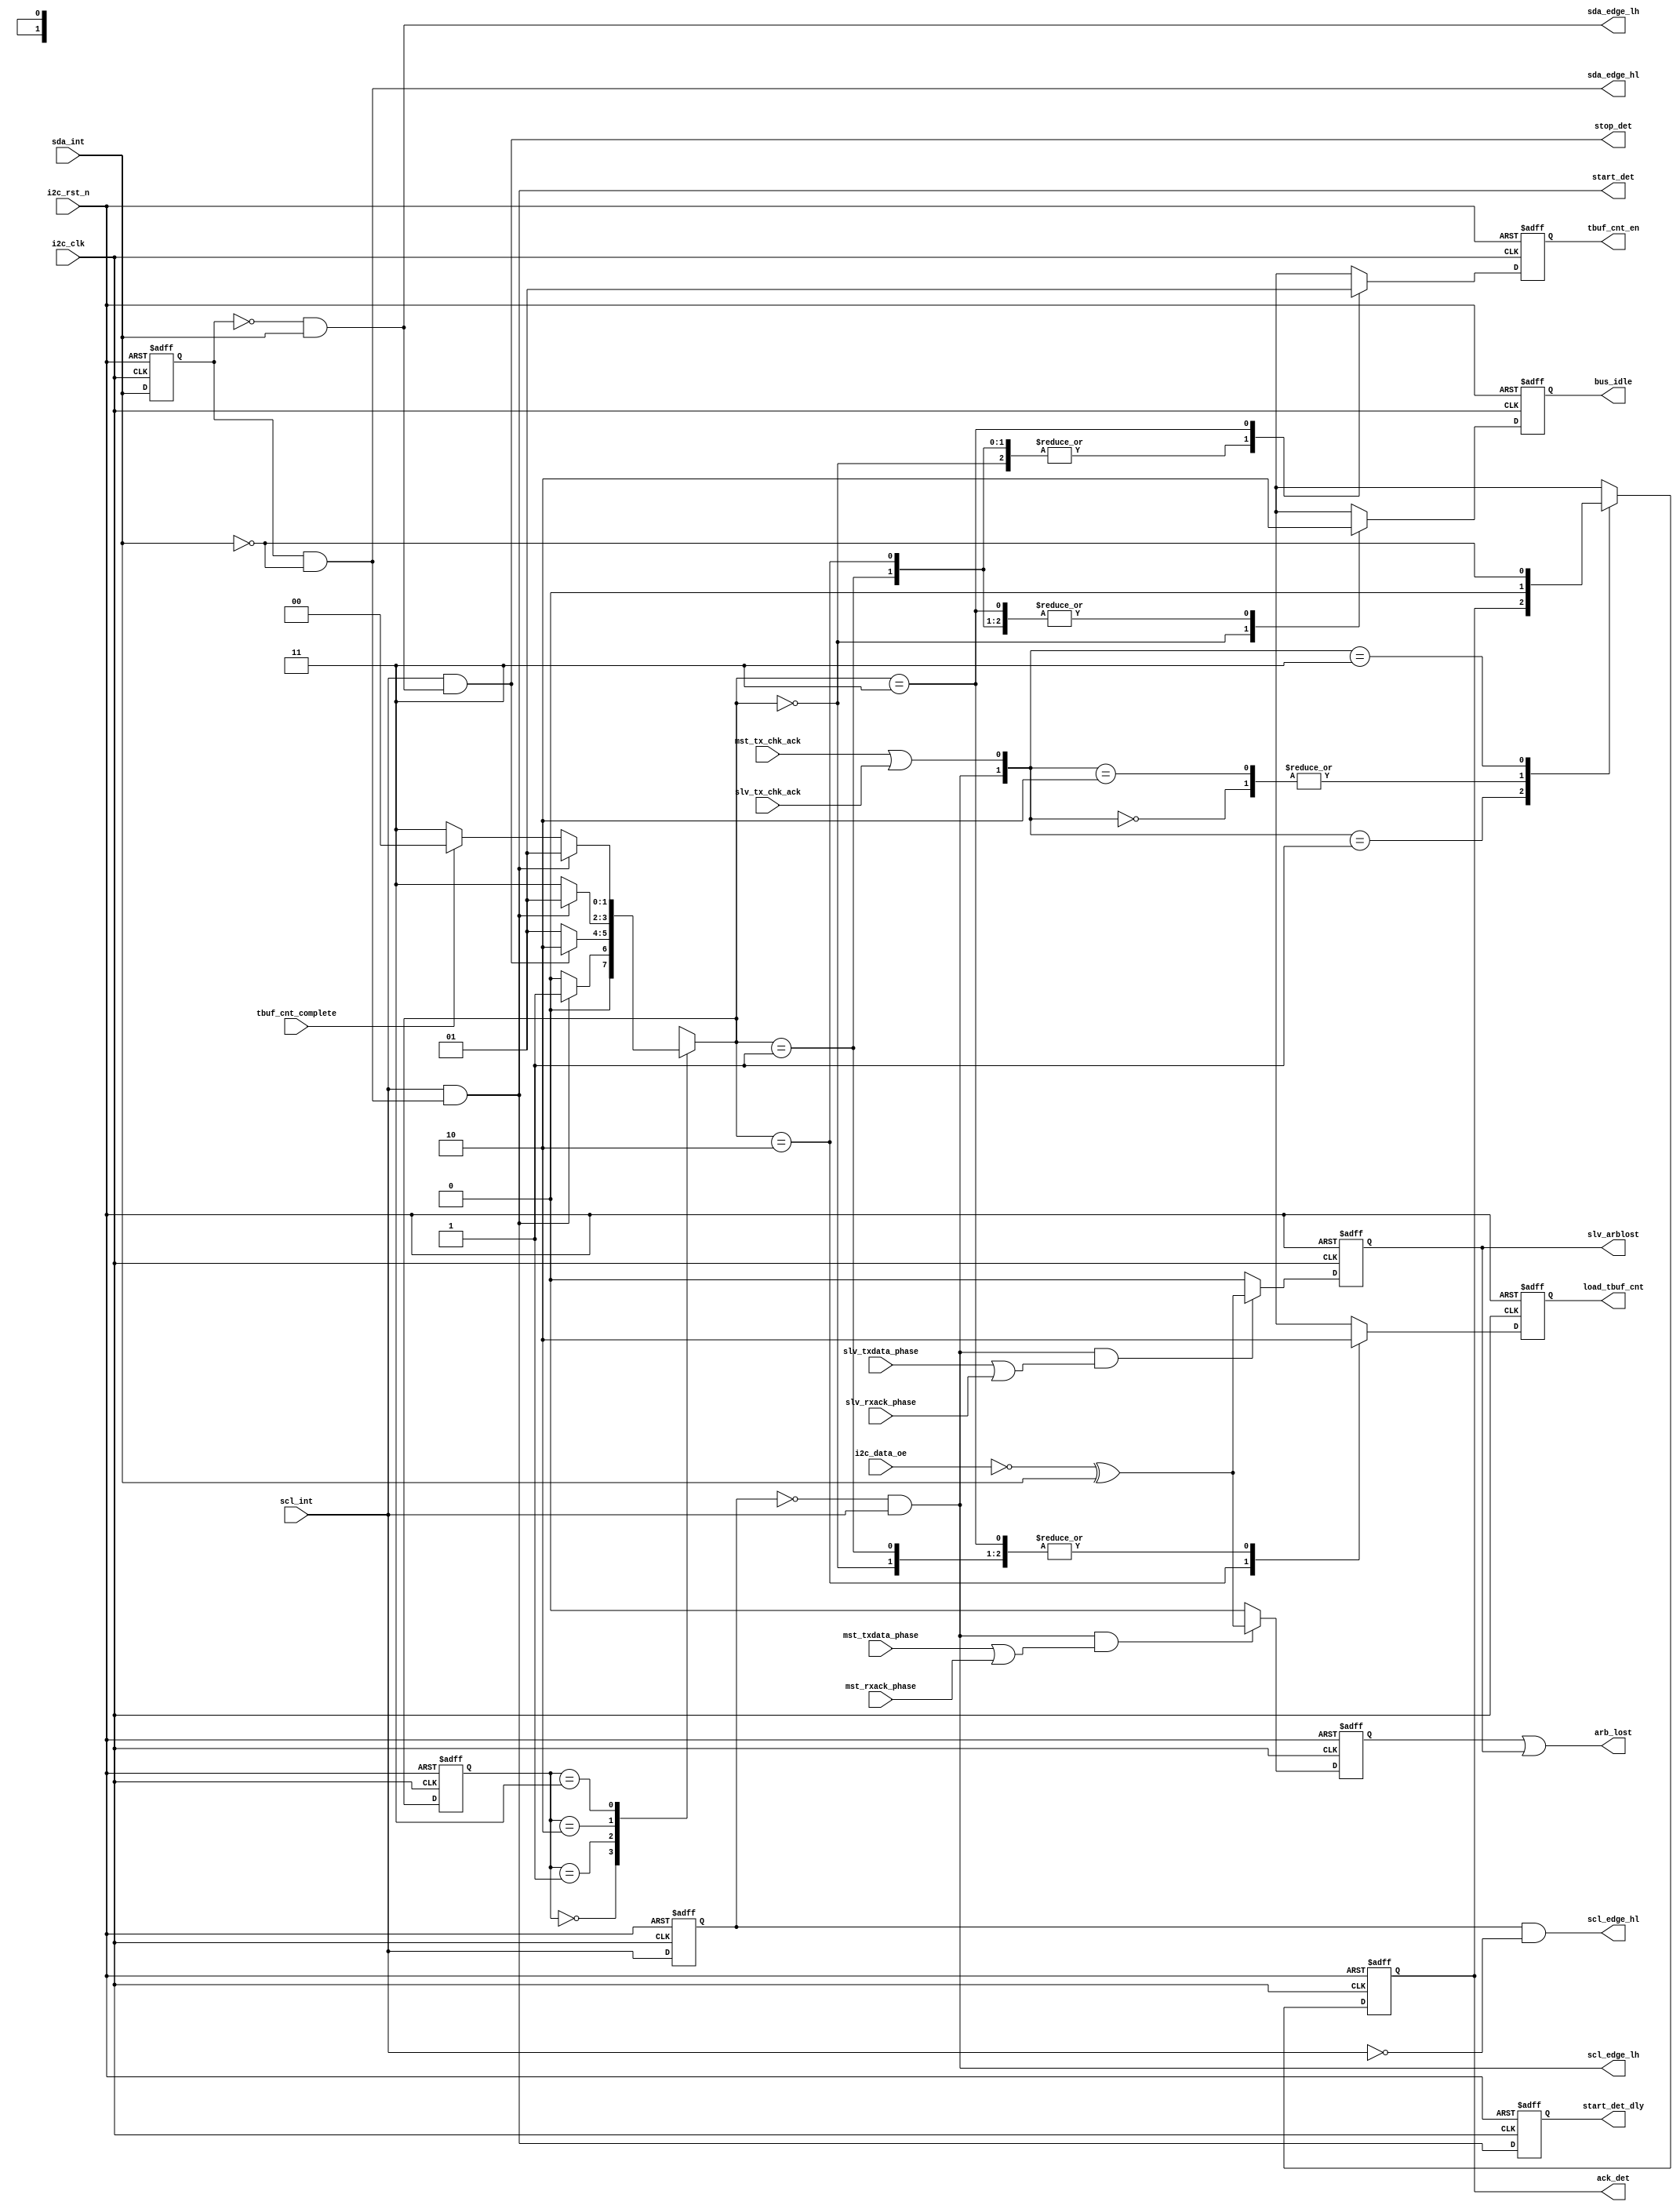
// (C) 2001-2018 Intel Corporation. All rights reserved.
// Your use of Intel Corporation's design tools, logic functions and other 
// software and tools, and its AMPP partner logic functions, and any output 
// files from any of the foregoing (including device programming or simulation 
// files), and any associated documentation or information are expressly subject 
// to the terms and conditions of the Intel Program License Subscription 
// Agreement, Intel FPGA IP License Agreement, or other applicable 
// license agreement, including, without limitation, that your use is for the 
// sole purpose of programming logic devices manufactured by Intel and sold by 
// Intel or its authorized distributors.  Please refer to the applicable 
// agreement for further details.


`timescale 1 ps / 1 ps
module altr_i2c_condt_det (
    input       i2c_clk,
    input       i2c_rst_n,
    input       sda_int,
    input       scl_int,
    input       mst_tx_chk_ack,         // from tx shifter
    input       slv_tx_chk_ack,         // from tx shifter
    input       i2c_data_oe,
    input       mst_txdata_phase,       // from tx shifter, indicates mst data/addr transmission (excludes ack/nack) 
    input       mst_rxack_phase,	// from rx shifter, indicates mst ack/nack reception 
    input       slv_txdata_phase,       // from tx shifter, indicates slv data/addr transmission (excludes ack/nack) 
    input       slv_rxack_phase,	// from rx shifter, indicates slv ack/nack reception 
    input       tbuf_cnt_complete,

    output      scl_edge_hl,
    output      scl_edge_lh,
    output      sda_edge_hl,
    output      sda_edge_lh,
    output      start_det,
    output reg  start_det_dly,
    output      stop_det,
    output reg  ack_det,
    output      slv_arblost,
    output      arb_lost,
    output reg  bus_idle,
    output reg  load_tbuf_cnt,
    output reg  tbuf_cnt_en

);

// Status Register bit definition


// wires & registers declaration
reg         sda_int_edge_reg;
reg         scl_int_edge_reg;
reg         mst_arb_lost_reg;
reg         slv_arb_lost_reg;
reg         ack_det_nxt;
reg [1:0]   bus_state; 
reg [1:0]   bus_nx_state;

wire        arb_compare_mismatched;
wire        mst_arb_lost_comb;
wire        slv_arb_lost_comb;


parameter   BUS_IDLE = 2'b00,
            BUS_BUSY = 2'b01,
            BUS_LOAD_CNT = 2'b10,
            BUS_COUNTING = 2'b11;



// sda,scl edge detector flops 
always @(posedge i2c_clk or negedge i2c_rst_n) begin
    if (!i2c_rst_n)
        sda_int_edge_reg <= 1'b1;
    else
        sda_int_edge_reg <= sda_int;
end
 
always @(posedge i2c_clk or negedge i2c_rst_n) begin
    if (!i2c_rst_n)
        scl_int_edge_reg <= 1'b1;
    else
        scl_int_edge_reg <= scl_int;
end


// start_det; stop_det; scl_edge_hl; scl_edge_lh  
assign sda_edge_hl = sda_int_edge_reg & ~sda_int;
assign sda_edge_lh = ~sda_int_edge_reg & sda_int;
assign scl_edge_hl = scl_int_edge_reg & ~scl_int;
assign scl_edge_lh = ~scl_int_edge_reg & scl_int;

assign start_det    = scl_int & sda_edge_hl;
assign stop_det     = scl_int & sda_edge_lh;

always @(posedge i2c_clk or negedge i2c_rst_n) begin
    if (!i2c_rst_n)
        start_det_dly <= 1'b0;
    else
        start_det_dly <= start_det;
end

// ack_det ==  If  (scl_edge_lh&& (mst_tx_chk_ack||slv_tx_chk_ack)) then ack_det =~sda_int else ack_det=0
// assign ack_det = (scl_edge_lh && (mst_tx_chk_ack || slv_tx_chk_ack)) ? ~sda_int : 1'b0;
always @(posedge i2c_clk or negedge i2c_rst_n) begin
    if (!i2c_rst_n)
        ack_det <= 1'b0;
    else
        ack_det <= ack_det_nxt;
end

always @* begin
    case ({scl_edge_lh, (mst_tx_chk_ack | slv_tx_chk_ack)})
        2'b00: ack_det_nxt = 1'b0;
        2'b01: ack_det_nxt = ack_det;
        2'b10: ack_det_nxt = 1'b0;
        2'b11: ack_det_nxt = ~sda_int;
        default: ack_det_nxt = 1'bx;
    endcase
end


// arbit_lost
// arbit_lost == if  (scl_edge_lh && (mst_tx_en || mst_rx_ack_en)) then compare (~data_oe ^ sda_int)
always @(posedge i2c_clk or negedge i2c_rst_n) begin
    if (!i2c_rst_n) begin
        mst_arb_lost_reg <= 1'b0;
        slv_arb_lost_reg <= 1'b0;
    end
    else begin
        mst_arb_lost_reg <= mst_arb_lost_comb;
        slv_arb_lost_reg <= slv_arb_lost_comb;
    end
end

assign arb_compare_mismatched   = (~i2c_data_oe ^ sda_int);	// return 1 when comparing ~data_oe to sda_int value are mismatched
assign mst_arb_lost_comb        = (scl_edge_lh & (mst_txdata_phase | mst_rxack_phase )) ? arb_compare_mismatched : 1'b0;
assign slv_arb_lost_comb        = (scl_edge_lh & (slv_txdata_phase | slv_rxack_phase )) ? arb_compare_mismatched : 1'b0;

assign slv_arblost              = slv_arb_lost_reg;
assign arb_lost                 = mst_arb_lost_reg | slv_arb_lost_reg;




// bus idle 
always @(posedge i2c_clk or negedge i2c_rst_n) begin
    if (!i2c_rst_n)
        bus_state <= BUS_IDLE;
    else
        bus_state <= bus_nx_state;
end


always @* begin
    case(bus_state)
        BUS_IDLE:      if (start_det) bus_nx_state = BUS_BUSY;
                       else bus_nx_state = BUS_IDLE;
        BUS_BUSY:      if (stop_det) bus_nx_state = BUS_LOAD_CNT;
                       else bus_nx_state = BUS_BUSY;
	BUS_LOAD_CNT:  if (start_det) bus_nx_state = BUS_BUSY;
		       else bus_nx_state = BUS_COUNTING;
        BUS_COUNTING:  if (start_det ) bus_nx_state = BUS_BUSY;
		       else if (tbuf_cnt_complete ) bus_nx_state = BUS_IDLE;
                       else bus_nx_state = BUS_COUNTING;
        default: bus_nx_state = 2'bx;
    endcase
end


always @(posedge i2c_clk or negedge i2c_rst_n) begin
    if (!i2c_rst_n) begin
        tbuf_cnt_en     <= 1'b0;
        bus_idle        <= 1'b1;
        load_tbuf_cnt   <= 1'b0;
    end
    else begin
        case(bus_nx_state)
            BUS_IDLE : begin
                tbuf_cnt_en     <= 1'b0;
                bus_idle        <= 1'b1;
	        load_tbuf_cnt   <= 1'b0;
            end
	    BUS_BUSY : begin
                tbuf_cnt_en     <= 1'b0;
                bus_idle        <= 1'b0;
	        load_tbuf_cnt   <= 1'b0;
            end
	    BUS_LOAD_CNT : begin
                tbuf_cnt_en     <= 1'b0;
                bus_idle        <= 1'b0;
	        load_tbuf_cnt   <= 1'b1;
            end
	    BUS_COUNTING : begin
                tbuf_cnt_en     <= 1'b1;
                bus_idle        <= 1'b0;
	        load_tbuf_cnt   <= 1'b0;
            end
            default : begin
	        tbuf_cnt_en     <= 1'bx;
                bus_idle        <= 1'bx;
	        load_tbuf_cnt   <= 1'bx;
            end
        endcase
    end
end


endmodule